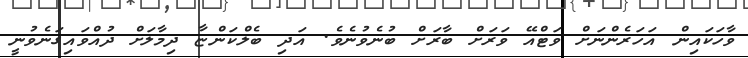
ވާހަކައިން އަހަރެންނަށް ވަޓްއޭ ވަރަށް ބާރަށް ބުނެވުނެވެ. އަދި ބެލްކަންޏާ ދިމާލަށް ދުއްވައިގަނެވުނީ